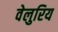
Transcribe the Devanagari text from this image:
वेलुरिय